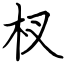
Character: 杈